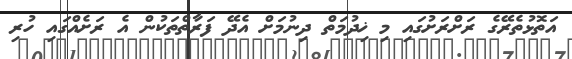
އަތޮޅުތެރޭގެ ރަށްރަށުގައި މި ޚިދުމަތް ދިނުމަށް އެދޭ ފަރާތްތަކުން އެ ރަށެއްގައި ހުރި